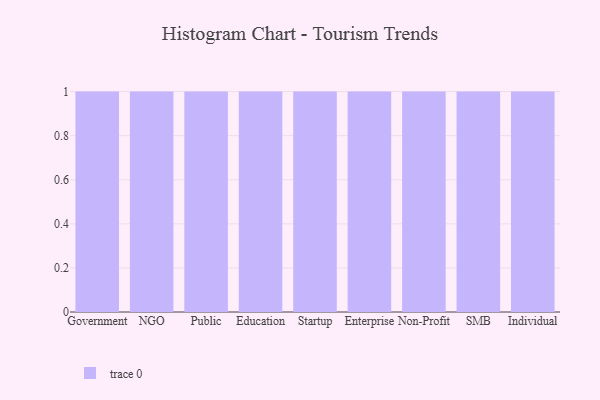
{"axis": {"x": "Segment", "y": "Page Views"}, "legend": [""], "data": [{"x": "Government", "y": 87, "type": ""}, {"x": "NGO", "y": 18, "type": ""}, {"x": "Public", "y": 75, "type": ""}, {"x": "Education", "y": 29, "type": ""}, {"x": "Startup", "y": 40, "type": ""}, {"x": "Enterprise", "y": 56, "type": ""}, {"x": "Non-Profit", "y": 81, "type": ""}, {"x": "SMB", "y": 16, "type": ""}, {"x": "Individual", "y": 71, "type": ""}]}